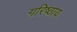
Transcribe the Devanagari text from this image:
गरिष्ठाय